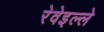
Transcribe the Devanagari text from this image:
रेवेइल्ले